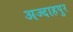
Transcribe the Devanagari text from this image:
अज्दाहपुर